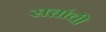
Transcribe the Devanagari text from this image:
सत्तांची